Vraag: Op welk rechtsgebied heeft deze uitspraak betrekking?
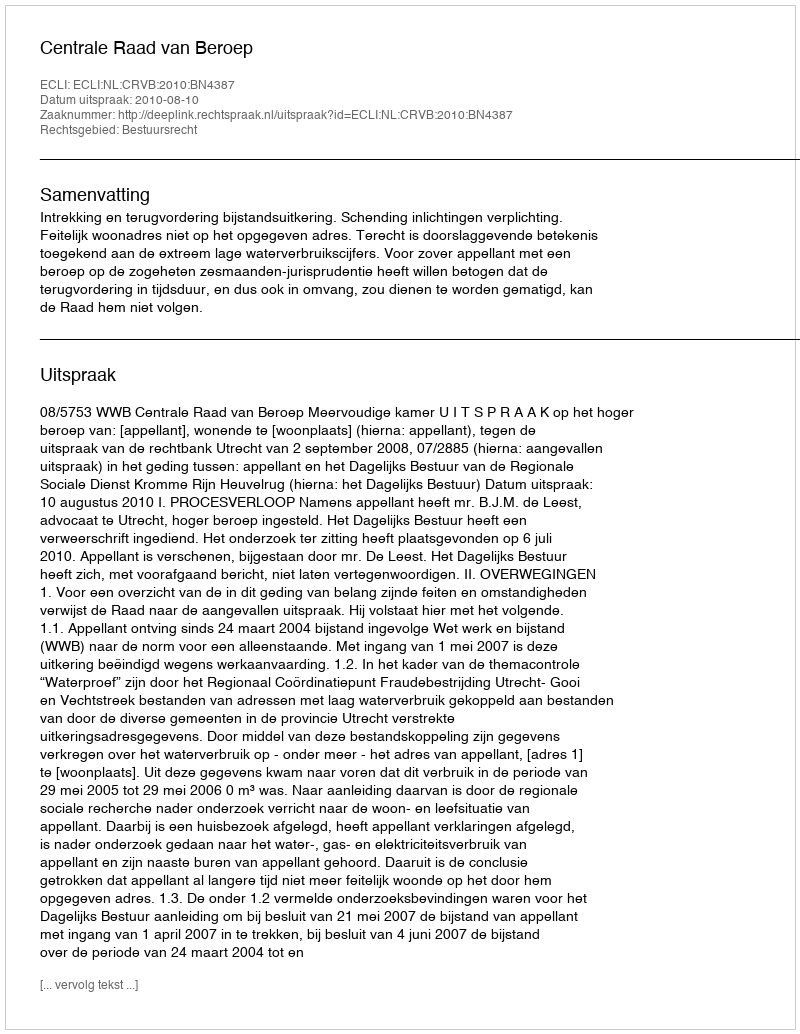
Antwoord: Bestuursrecht